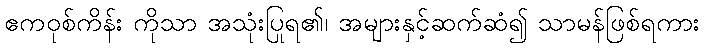
ဧကဝုစ်ကိန်း ကိုသာ အသုံးပြုရ၏၊ အများနှင့်ဆက်ဆံ၍ သာမန်ဖြစ်ရကား